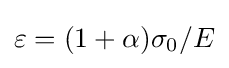
\varepsilon =(1+\alpha ){{\sigma _{0}}/{E}}